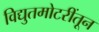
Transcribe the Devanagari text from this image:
विद्युतमोटरींतून